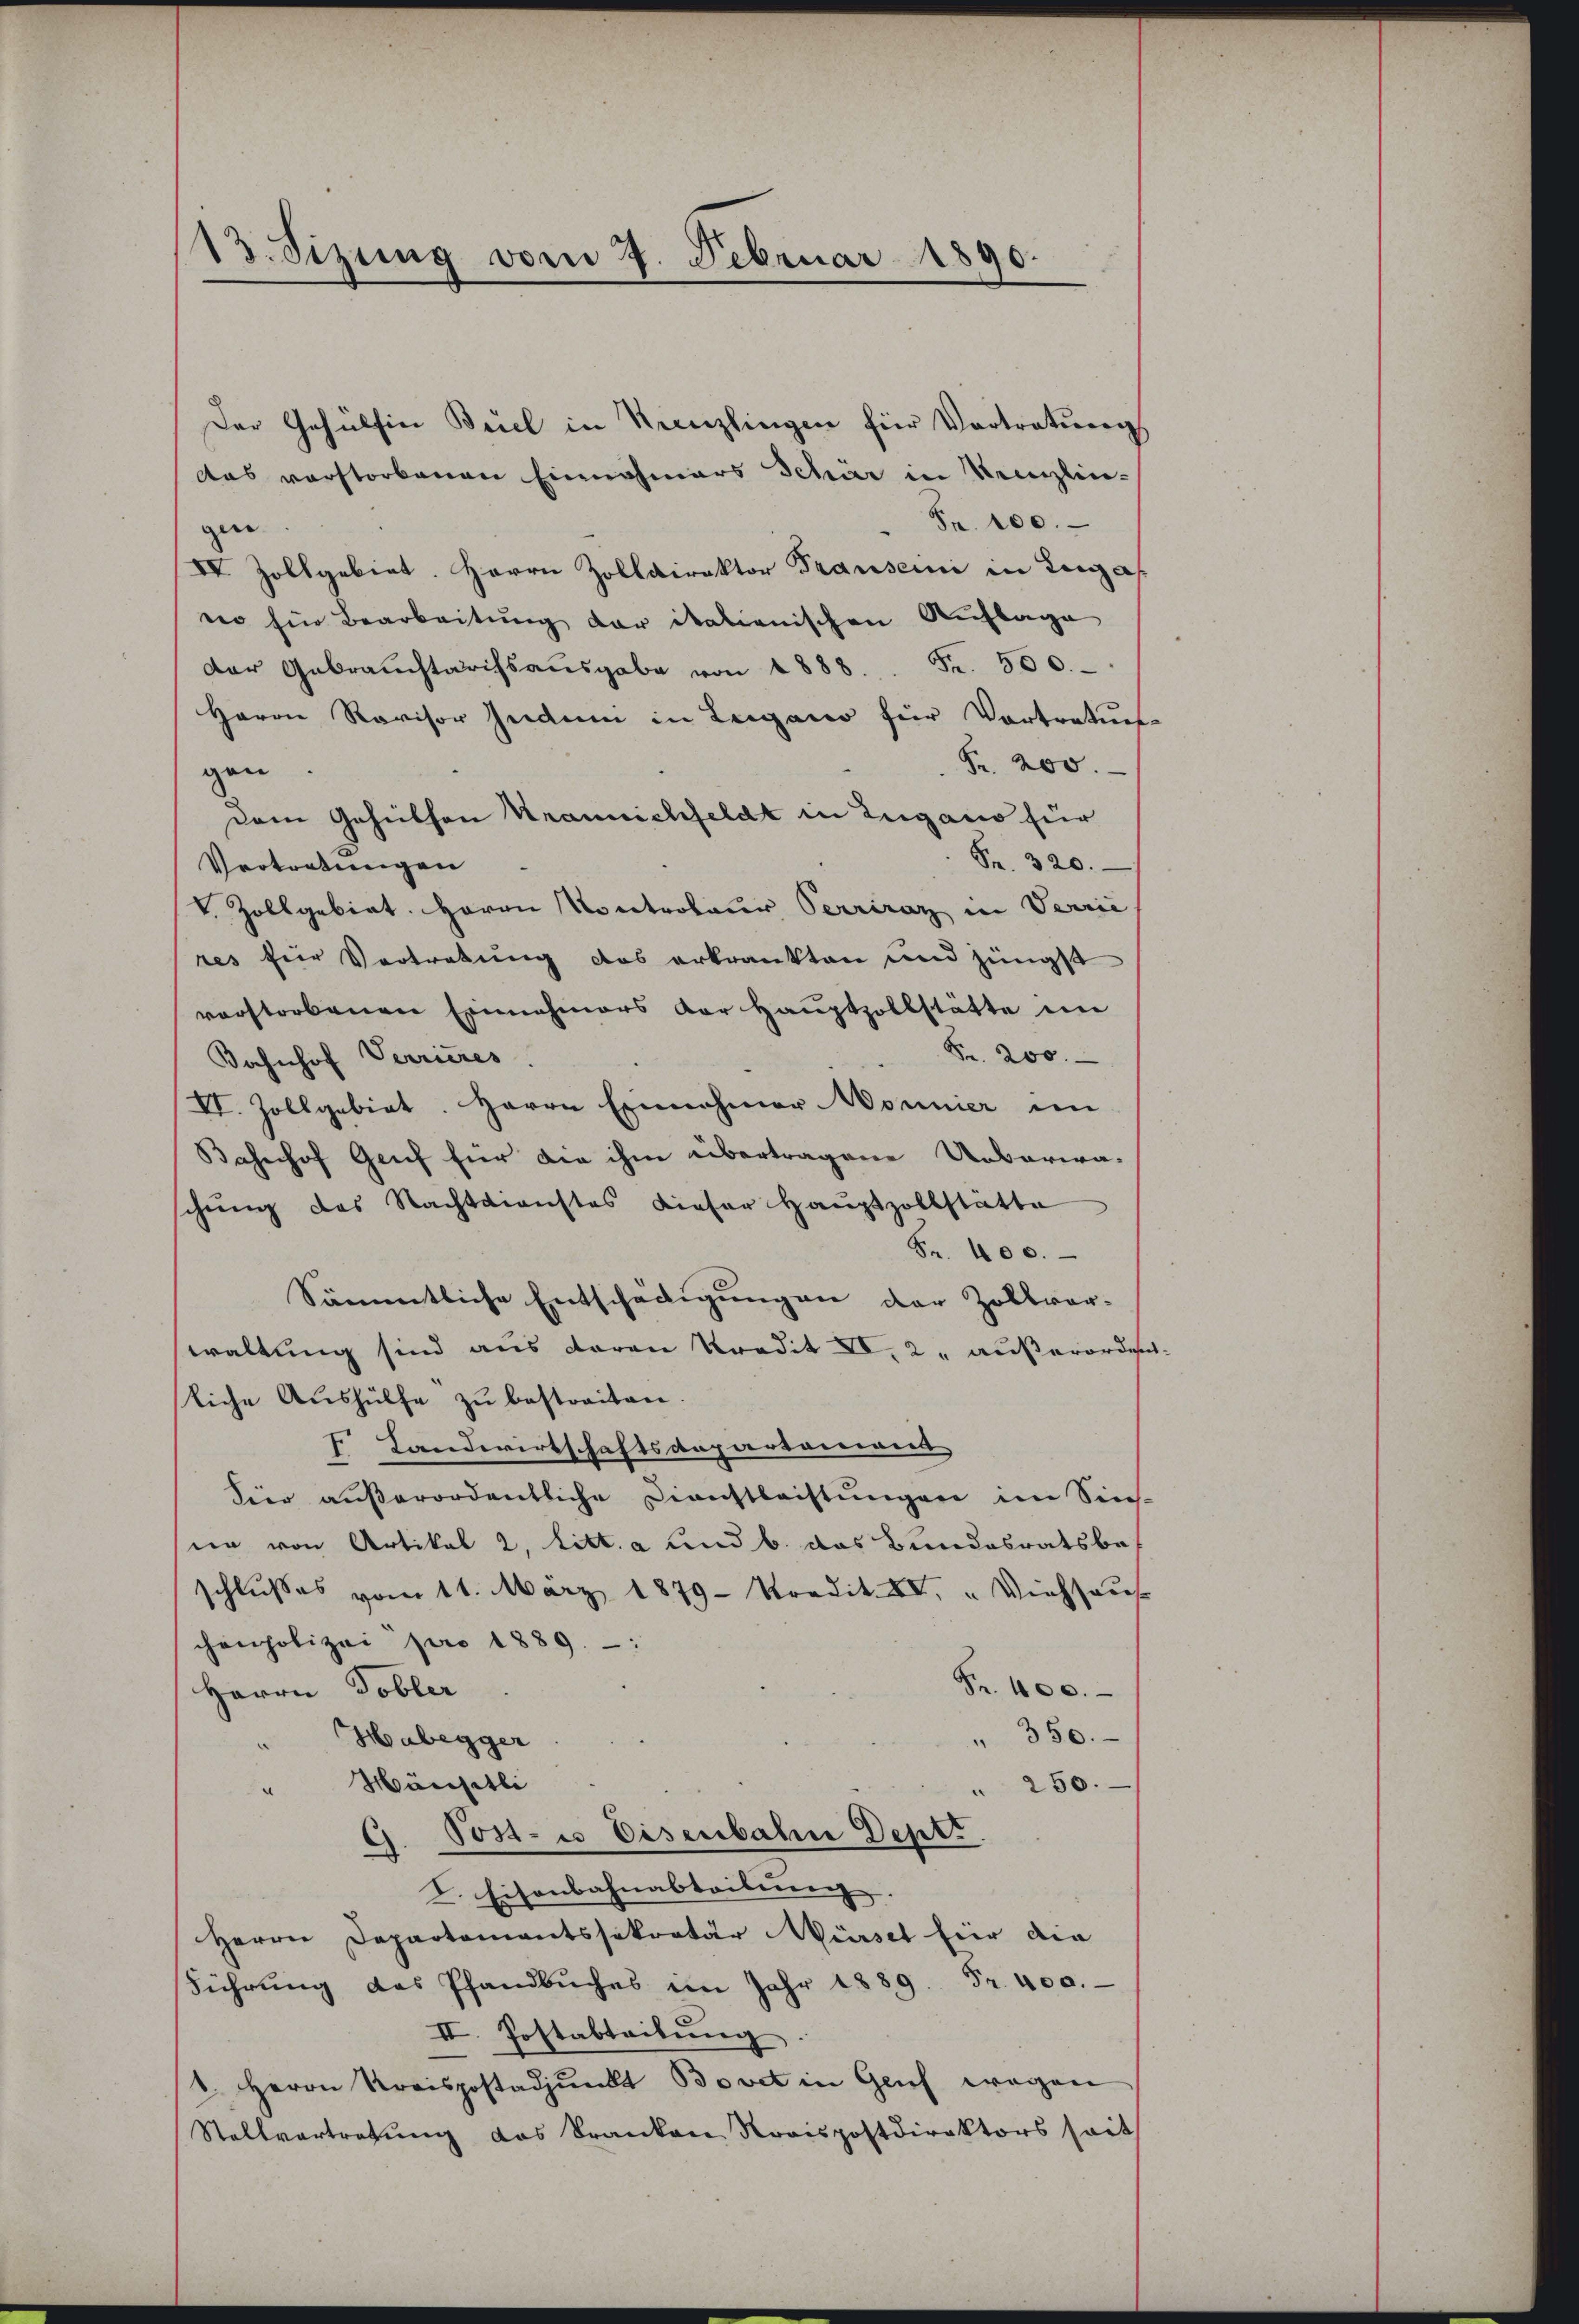
13. Sizung vom 7. Februar 1890.

das verstorbenen Einnahmers Schär in Krenzlin-
Fr. 100.
gen
IV Zollgebiet. Herrn Zolldirektor Frauseini in Legat
no für Bearbeitung der italienischen Auflage
der Gebrauchtarifsaŭsgabe von 1888 Fr. 500.
Herrn Revisor Indum in Leigano für Vortretung
Fr. 200.
gen
dem Gehülfen Krannichfeldt in Zugano für
Fr. 320.
Vertretungen
V. Zollgebiet. Herrn Kontroleur Perriraz in Verrie
res für Vortretung das erkrankten und jüngst
verstorbenen Einnahmers der Hauptzollstätte im
Fr. 200.
Bahnhof Verrieres
VI. Zollgebiet. Herrn Einnahmer Monnier in
Bahnhof Genf für die ihm übertragene Urbarera-
schung des Nachtdienstes dieser Haŭptzollstatte
Fr. 400.
Sämmtliche Entschädigungen der Zollvor-
waltung sind aus daran Predit XV, 2. außerorden
sliche Aushülfe zu bestreiten.
 Landwirtschaftsdepartoniert
dier außerordentliche Dienstleistŭngen im Sin-
sie von Artikal 2, litt. a und b. das Bundesratsbeschlußes vom 11. März 1879 Predit. XI. " Viehhaus
chonpolizei pro 1889 - :
Fr. 100.
Herrn Tobler
" 350.
Habegger
" Häusitli
" 250.
d. Post- u Eisenbahne Dept.
.
I. Eisenbahnabtribung
Herrn Departementssekretär Mürsel für die
Führŭng des Pfandbuches im Jahr 1889. Fr. 400.
II. Postabteilung
1. Herrn Preispostadpŭnkt Bovet in Geich wegen
Stallvertretŭng das Franken Straspostdirektors seit

Der Gehülfen Beiel in Kreuzlingen für Vortretung